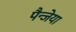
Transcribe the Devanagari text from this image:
पैन्जेया